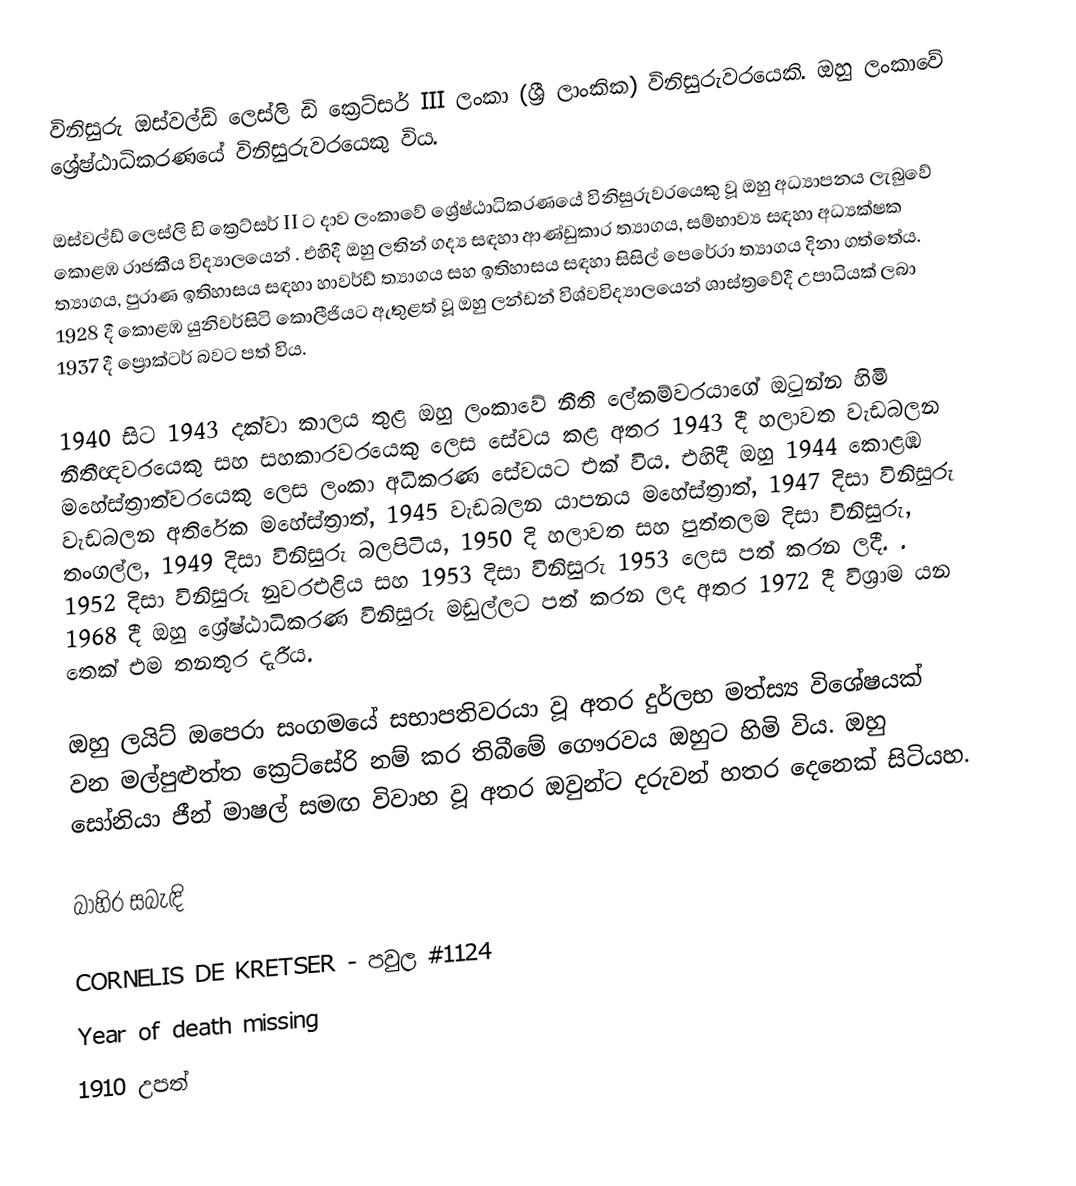
විනිසුරු ඔස්වල්ඩ් ලෙස්ලි ඩි ක්‍රෙට්සර් III ලංකා (ශ්‍රී ලාංකික) විනිසුරුවරයෙකි. ඔහු ලංකාවේ ශ්‍රේෂ්ඨාධිකරණයේ විනිසුරුවරයෙකු විය.

ඔස්වල්ඩ් ලෙස්ලි ඩි ක්‍රෙට්සර් II ට දාව ලංකාවේ ශ්‍රේෂ්ඨාධිකරණයේ විනිසුරුවරයෙකු වූ ඔහු අධ්‍යාපනය ලැබුවේ කොළඹ රාජකීය විද්‍යාලයෙන් . එහිදී ඔහු ලතින් ගද්‍ය සඳහා ආණ්ඩුකාර ත්‍යාගය, සම්භාව්‍ය සඳහා අධ්‍යක්ෂක ත්‍යාගය, පුරාණ ඉතිහාසය සඳහා හාවර්ඩ් ත්‍යාගය සහ ඉතිහාසය සඳහා සිසිල් පෙරේරා ත්‍යාගය දිනා ගත්තේය. 1928 දී කොළඹ යුනිවර්සිටි කොලීජියට ඇතුළත් වූ ඔහු ලන්ඩන් විශ්වවිද්‍යාලයෙන් ශාස්ත්‍රවේදී උපාධියක් ලබා 1937 දී ප්‍රොක්ටර් බවට පත් විය.

1940 සිට 1943 දක්වා කාලය තුළ ඔහු ලංකාවේ නීති ලේකම්වරයාගේ ඔටුන්න හිමි නීතීඥවරයෙකු සහ සහකාරවරයෙකු ලෙස සේවය කළ අතර 1943 දී හලාවත වැඩබලන මහේස්ත්‍රාත්වරයෙකු ලෙස ලංකා අධිකරණ සේවයට එක් විය. එහිදී ඔහු 1944 කොළඹ වැඩබලන අතිරේක මහේස්ත්‍රාත්, 1945 වැඩබලන යාපනය මහේස්ත්‍රාත්, 1947 දිසා විනිසුරු තංගල්ල, 1949 දිසා විනිසුරු බලපිටිය, 1950 දි හලාවත සහ පුත්තලම දිසා විනිසුරු, 1952 දිසා විනිසුරු නුවරඑළිය සහ 1953 දිසා විනිසුරු 1953 ලෙස පත් කරන ලදී. . 1968 දී ඔහු ශ්‍රේෂ්ඨාධිකරණ විනිසුරු මඩුල්ලට පත් කරන ලද අතර 1972 දී විශ්‍රාම යන තෙක් එම තනතුර දැරීය.

ඔහු ලයිට් ඔපෙරා සංගමයේ සභාපතිවරයා වූ අතර දුර්ලභ මත්ස්‍ය විශේෂයක් වන මල්පුළුත්ත ක්‍රෙට්සේරි නම් කර තිබීමේ ගෞරවය ඔහුට හිමි විය. ඔහු සෝනියා ජීන් මාෂල් සමඟ විවාහ වූ අතර ඔවුන්ට දරුවන් හතර දෙනෙක් සිටියහ.

බාහිර සබැඳි

 CORNELIS DE KRETSER - පවුල #1124
Year of death missing
1910 උපත්